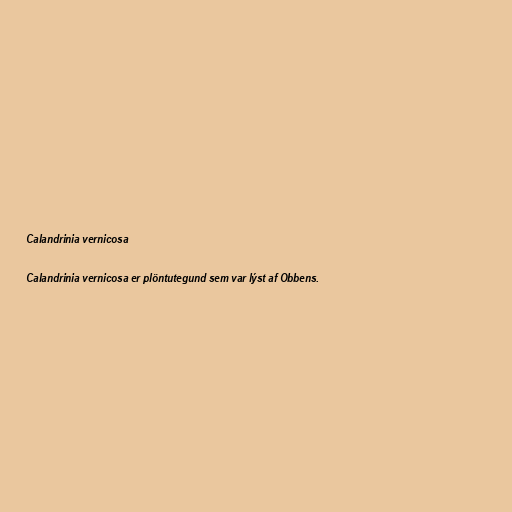
Calandrinia vernicosa

Calandrinia vernicosa er plöntutegund sem var lýst af Obbens.